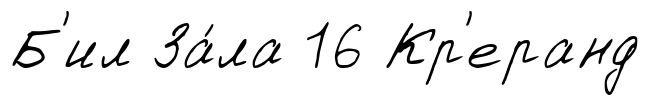
Б'ил За́ла 16 Кр'еранд